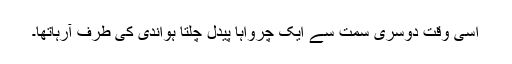
اسی وقت دوسری سمت سے ایک چرواہا پیدل چلتا ہواندی کی طرف آرہاتھا۔